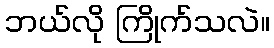
ဘယ်လို ကြိုက်သလဲ။